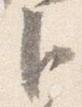
臣